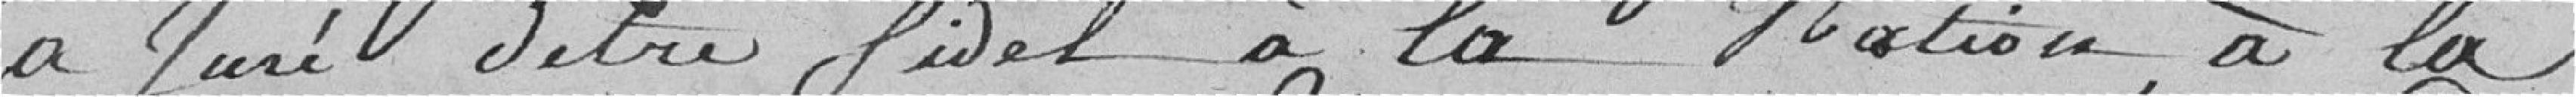
a juré d'être fidel à la Nation, à la